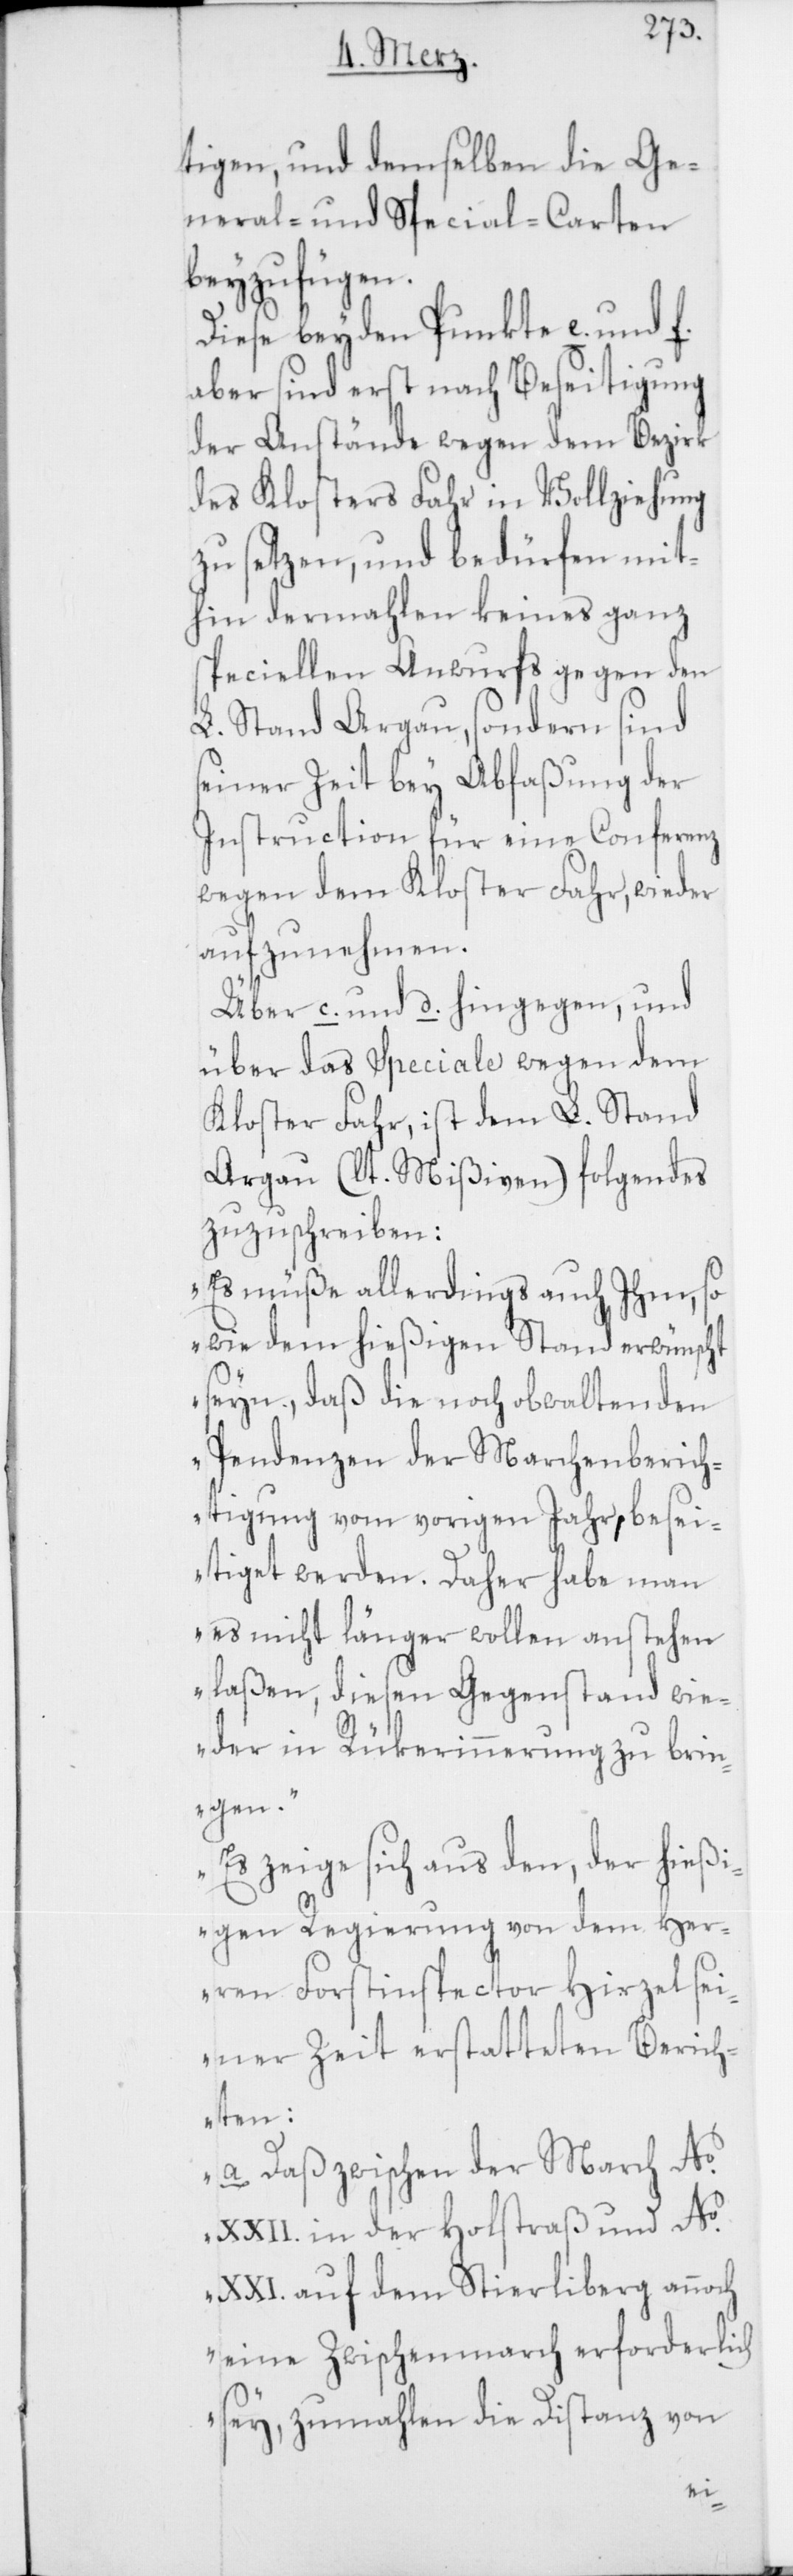
tigen, und demselben die Ge¬
neral- und Special-Carten
beyzufügen.
Diese beyden Punkte e. und f.
aber sind erst nach Beseitigung
der Anstände wegen dem Bezirk
des Klosters Fahr in Vollziehung
zu setzen, und bedürfen mit¬
hin dermahlen keines ganz
speciellen Anwurfs gegen den
L. Stand Argau, sondern sind
seiner Zeit bey Abfaßung der
Instruction für eine Conferenz
wegen dem Kloster Fahr, wieder
aufzunehmen.
Über c. und d. hingegen, und
über das Speziale wegen dem
Kloster Fahr, ist dem L. Stand
Argau (lt. Mißiven) folgendes
zuzuschreiben:
„Es müße allerdings auch Ihm, so
wie dem hießigen Stand erwünscht
seyn, daß die noch obwaltenden
Pendenzen der Marchenberich¬
tigung vom vorigen Jahr, besei¬
tiget werden. Daher habe man
es nicht länger wollen anstehen
laßen, diesen Gegenstand wie¬
der in Rükerinnerung zu brin¬
gen.
Es zeige sich aus den, der hießi¬
gen Regierung von dem Her¬
ren Forstinspector Hirzel sei¬
ner Zeit erstatteten Berich¬
ten:
a. Daß zwischen der March No
XXII. in der Holstraß und No
XXI. auf dem Stierliberg annoch
eine Zwischenmarch erforderlich
sey, zumahlen die Distanz von